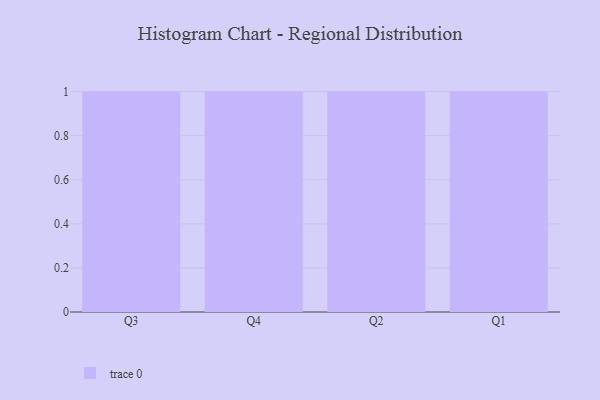
{"axis": {"x": "Quarter", "y": "Energy Usage (MWh)"}, "legend": [""], "data": [{"x": "Q3", "y": 39, "type": ""}, {"x": "Q4", "y": 60, "type": ""}, {"x": "Q2", "y": 59, "type": ""}, {"x": "Q1", "y": 33, "type": ""}]}